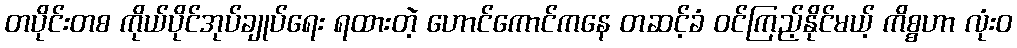
တပိုင်းတစ ကိုယ်ပိုင်အုပ်ချုပ်ရေး ရထားတဲ့ ဟောင်ကောင်ကနေ တဆင့်ခံ ဝင်ကြည့်နိုင်မယ့် ကိစ္စဟာ လုံး၀